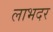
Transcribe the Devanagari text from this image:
लाभदर